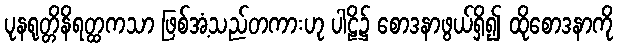
ပုနရုတ္တိနိရတ္ထကသာ ဖြစ်အံ့သည်တကားဟု ပါဠိ၌ စောဒနာဖွယ်ရှိ၍ ထိုစောဒနာကို